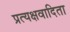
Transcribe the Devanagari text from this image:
प्रत्यक्षवादिता